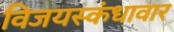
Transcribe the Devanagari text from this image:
विजयस्कंधावार